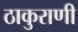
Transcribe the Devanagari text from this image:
ठाकुराणी